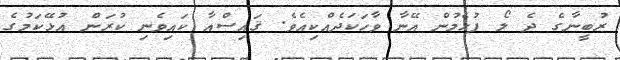
ރުބީނާގެ ދެ ލޯ ފުހެމުން އޭނާ ވާހަކަދެއްކިއެވެ. ޤައިސްއާ ކައިވެނި ކުރަން އުޅޭކަމުގެ